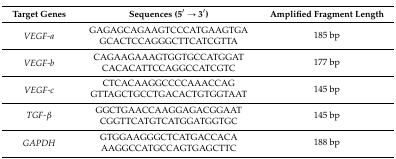
<table><thead><tr><td><b>Target Genes</b></td><td><b>Sequences (5′ → 3′)</b></td><td><b>Amplified Fragment Length</b></td></tr></thead><tbody><tr><td rowspan="2"><i>VEGF-a</i></td><td>GAGAGCAGAAGTCCCATGAAGTGA</td><td rowspan="2">185 bp</td></tr><tr><td>GCACTCCAGGGCTTCATCGTTA</td></tr><tr><td rowspan="2"><i>VEGF-b</i></td><td>CAGAAGAAAGTGGTGCCATGGAT</td><td rowspan="2">177 bp</td></tr><tr><td>CACACATTCCAGGCCATCGTC</td></tr><tr><td rowspan="2"><i>VEGF-c</i></td><td>CTCACAAGGCCCCAAACCAG</td><td rowspan="2">145 bp</td></tr><tr><td>GTTAGCTGCCTGACACTGTGGTAAT</td></tr><tr><td rowspan="2"><i>TGF-β</i></td><td>GGCTGAACCAAGGAGACGGAAT</td><td rowspan="2">145 bp</td></tr><tr><td>CGGTTCATGTCATGGATGGTGC</td></tr><tr><td rowspan="2"><i>GAPDH</i></td><td>GTGGAAGGGCTCATGACCACA</td><td rowspan="2">188 bp</td></tr><tr><td>AAGGCCATGCCAGTGAGCTTC</td></tr></tbody></table>